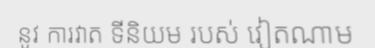
នូវ ការវាត ទីនិយម របស់ វៀតណាម